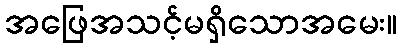
အဖြေအသင့်မရှိသောအမေး။